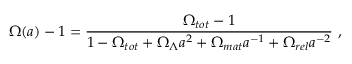
\Omega ( a ) - 1 = \frac { \Omega _ { t o t } - 1 } { 1 - \Omega _ { t o t } + \Omega _ { \Lambda } a ^ { 2 } + \Omega _ { m a t } a ^ { - 1 } + \Omega _ { r e l } a ^ { - 2 } } \ ,